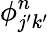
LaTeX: \phi_{j^{\prime}k^{\prime}}^{n}